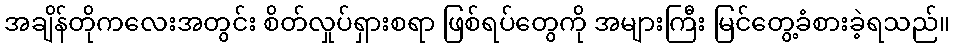
အချိန်တိုကလေးအတွင်း စိတ်လှုပ်ရှားစရာ ဖြစ်ရပ်တွေကို အများကြီး မြင်တွေ့ခံစားခဲ့ရသည်။